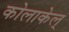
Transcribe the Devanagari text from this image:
कोलाकेल्